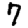
Digit: 7